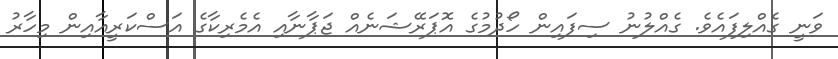
ވަނީ ގެއްލިފައެވެ. ގެއްލުނު ސިފައިން ހޯދުމުގެ އޮޕަރޭޝަނެއް ޖަޕާނާއި އެމެރިކާގެ އަސްކަރީއާއިން މިހާރު